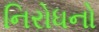
નિરોધનો